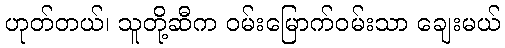
ဟုတ်တယ်၊ သူတို့ဆီက ဝမ်းမြောက်ဝမ်းသာ ချေးမယ်